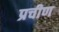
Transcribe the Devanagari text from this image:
प्रचीण